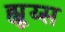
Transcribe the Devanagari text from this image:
ह्यूय्स